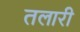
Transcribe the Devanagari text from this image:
तलारी